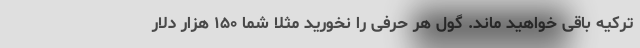
ترکیه باقی خواهید ماند. گول هر حرفی را نخورید مثلا شما ۱۵۰ هزار دلار